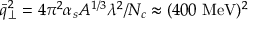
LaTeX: \bar { q } _ { \perp } ^ { 2 } = 4 \pi ^ { 2 } \alpha _ { s } A ^ { 1 / 3 } \lambda ^ { 2 } / N _ { c } \approx ( 4 0 0 \mathrm { ~ M e V } ) ^ { 2 }